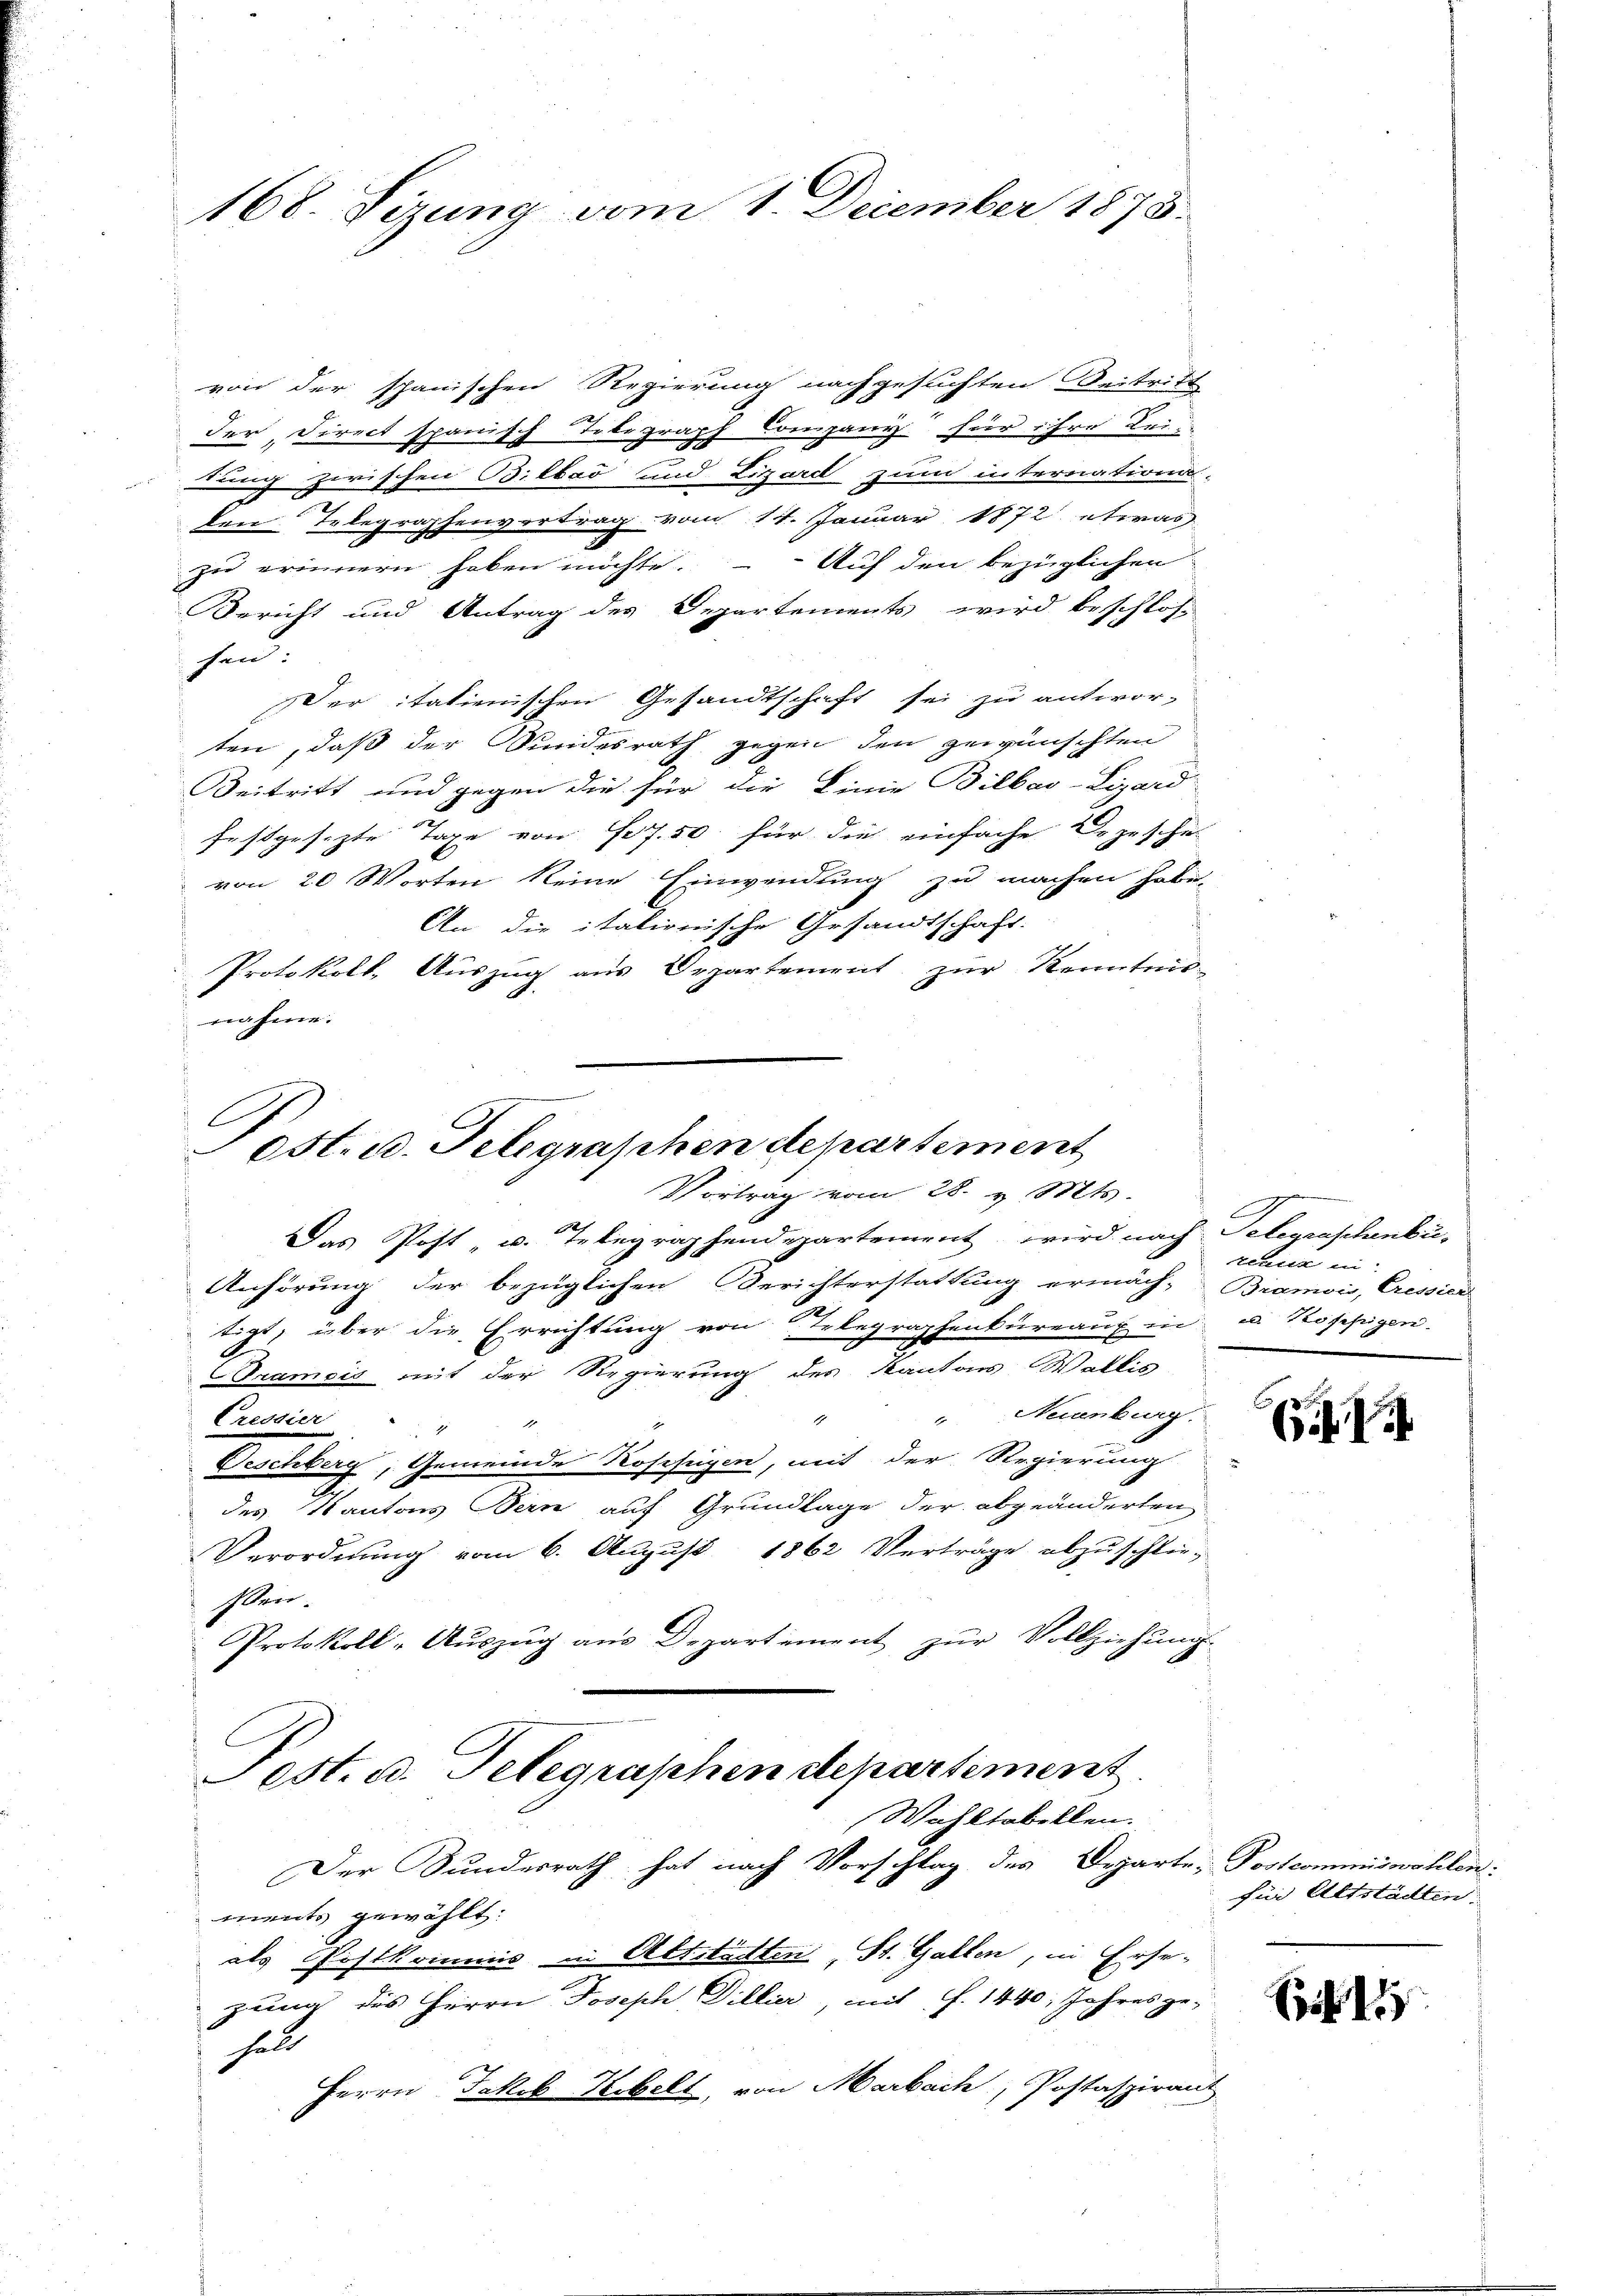
168. Sizung vom 1. December 1878.

von der spanischen Regierung nachgesuchten Beitritt
der, Direct spanisch Tobegraph Company für ihre Lei
dung zwischen Bilbar und Lizard zum internationa-
den Telegraphenvertrag vom 14. Januar 1872 etwas
zu erinnern haben möchte. – Auf den bezüglichen
Bericht und Antrag des Departements wird beschlos-
hin.
Der italienischen Gesandtschaft sei zu antwor-
ten, daß der Sindesrath gegen den gewünschten
Beitritt und gegen die für die Linie Billao-Lizard
festgesezte Tage von Fr. 7. 50 für die einfache Depesche-
von 20 Worten keine Einwendung zu machen habe.
An die italienische Gesandtschaft.
Protokoll, Auszug aus Departement zur Kenntnis-
nahme.

est. u. Telegraschen departement
Vortrag vom 28. v. Mts.

Das Post u. Telegraphendepartement, wird nach Telegraschenbü-
Anhörung der bezüglichen Berichterstattung ermäch-Bramois, Cressier
2.
tigt, über die Errichtung von Telegraphenbureaux in u. Koppigen.
I.
Gramois mit der Regierung des Kantons Wallis
" Neuenburg.
.
Pressier  "
Deschberg, Gemeinde Rosefeyen, mit der Regierung
des Kantons Bern auf Grundlage der abgeänderten
Verordnŭng vom 6. Aŭgŭst 1862 Verträge abzŭschlie-
den.
Protokoll-Aŭszŭg aŭs Departement zŭr Vollziehŭng
est. d. Telegraphen departement
Wahltabellen.
Der Bundesrath hat nach Vorschlag des Departe Postcommiswahlen:
ments gewählt:
als Postkommis in Altstätten, St. Gallen, in Erse-
gung des Herrn Joseph, Dillier, mit S. 1440; Jahres ge-
helt
Herrn Jakob Kebelt, von Marbach, Postaspirant

g
tenik in

6

für Altstädten.

Ei 11